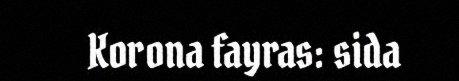
Korona fayras: sida